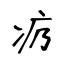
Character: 疓